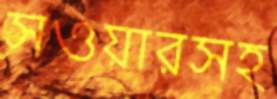
সওয়ারসহ